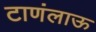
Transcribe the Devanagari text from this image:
टाणंलाऊ